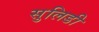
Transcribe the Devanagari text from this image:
सुलिडी